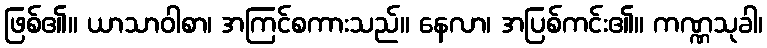
ဖြစ်၏။ ယာသာဝါစာ၊ အကြင်စကားသည်။ နေလာ၊ အပြစ်ကင်း၏။ ကဏ္ဏသုခါ၊